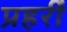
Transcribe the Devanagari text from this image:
प्रहरीं